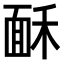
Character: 𩈒